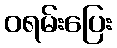
ဝရမ်းပြေး